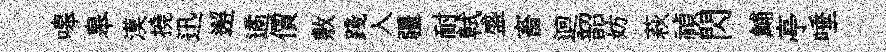
嗥皋漠撓迅邂遹價敷踐入疆耐軾盛畜迴韶妨萩禎閃鯆亭唾